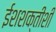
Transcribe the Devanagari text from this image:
ईशशक्तीशी